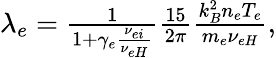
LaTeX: \begin{array}{r}{\lambda_{e}=\frac{1}{1+\gamma_{e}\frac{\nu_{ei}}{\nu_{eH}}}\frac{15}{2\pi}\frac{k_{B}^{2}n_{e}T_{e}}{m_{e}\nu_{eH}},}\end{array}